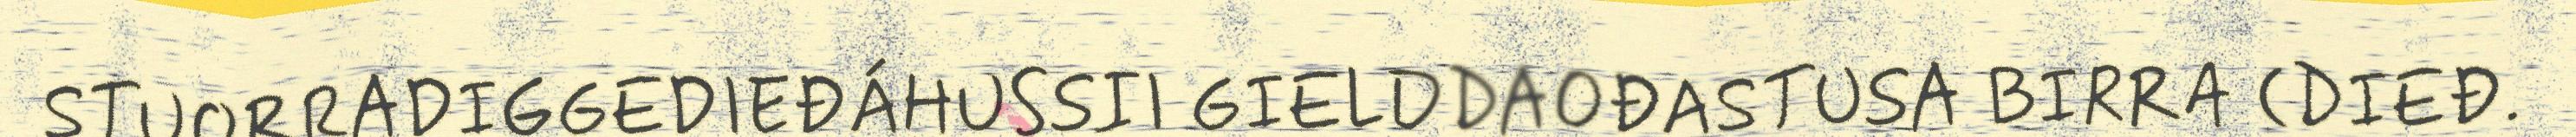
STUORRADIGGEDIEĐÁHUSSII GIELDDAOĐASTUSA BIRRA (DIEĐ.